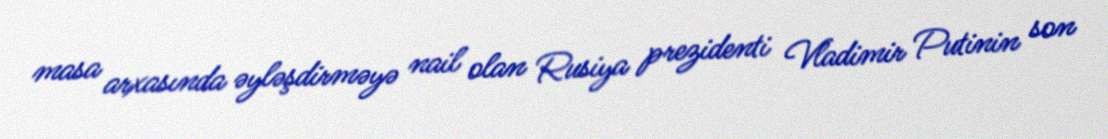
masa arxasında əyləşdirməyə nail olan Rusiya prezidenti Vladimir Putinin son